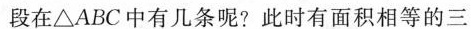
段在△ABC中有几条呢?此时有面积相等的三